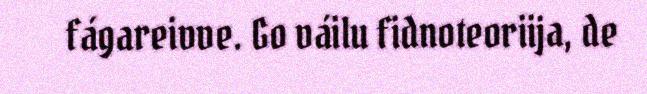
fágareivve. Go váilu fidnoteoriija, de